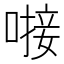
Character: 𪡸